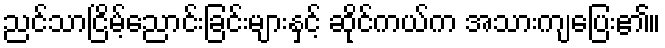
ညင်သာငြိမ့်ညောင်းခြင်းများနှင့် ဆိုင်ကယ်က အသားကျပြေး၏။